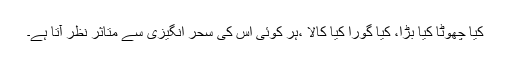
کیا چھوٹا کیا بڑا، کیا گورا کیا کالا ،ہر کوئی اس کی سحر انگیزی سے متاثر نظر آتا ہے۔